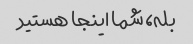
بله، شما اینجا هستید